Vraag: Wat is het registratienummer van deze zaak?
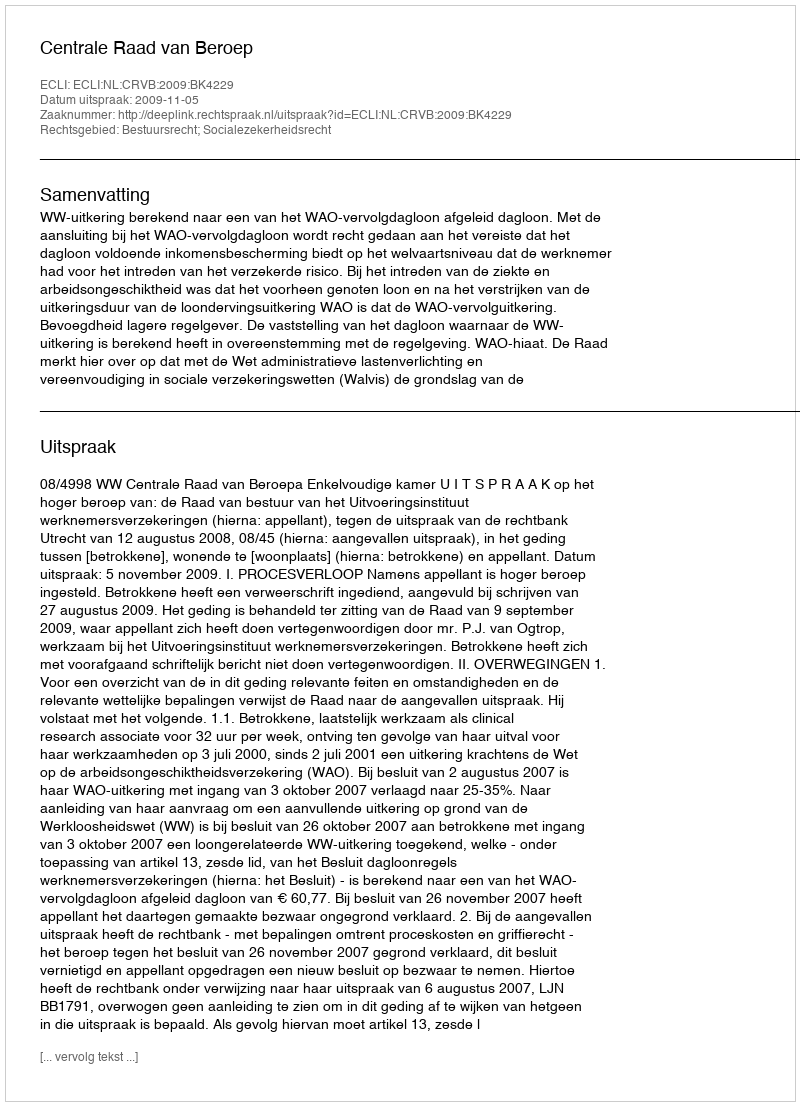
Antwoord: http://deeplink.rechtspraak.nl/uitspraak?id=ECLI:NL:CRVB:2009:BK4229